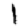
Digit: 1